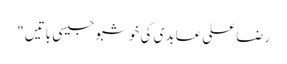
رضاعلی عابدی کی خوشبو جیسی باتیں "